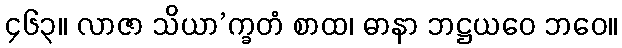
၄၆၃။ လာဇာ သိယာ’က္ခတံ စာထ၊ ဓာနာ ဘဋ္ဌယဝေ ဘဝေ။